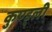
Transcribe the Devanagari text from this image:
कुण्ड्ली